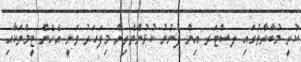
ކުރީ މުބާރާތުގައި ލ.ސްޓަރ އިން ފެނުނު ކުޅުންތެރިން މިފަހަރު ވަނީ އެހެން ޓީމްތަކާއި